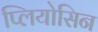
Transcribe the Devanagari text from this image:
प्लियोसिन